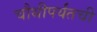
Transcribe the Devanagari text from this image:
चौथीपर्यंतची